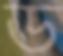
ড